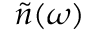
\tilde { n } ( \omega )